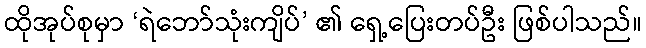
ထိုအုပ်စုမှာ ‘ရဲဘော်သုံးကျိပ်’ ၏ ရှေ့ပြေးတပ်ဦး ဖြစ်ပါသည်။